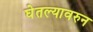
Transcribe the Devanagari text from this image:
घेतल्यावरुन